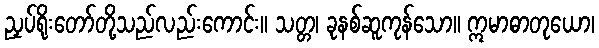
ညှပ်ရိုးတော်တို့သည်လည်းကောင်း။ သတ္တ၊ ခုနစ်ဆူကုန်သော။ ဣမာဓာတုယော၊